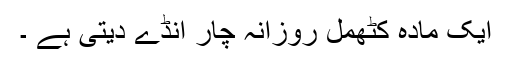
ایک مادہ کٹھمل روزانہ چار انڈے دیتی ہے ۔